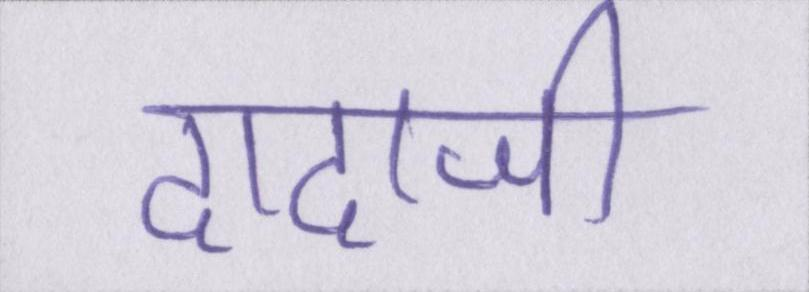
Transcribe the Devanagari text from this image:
दादाजी